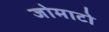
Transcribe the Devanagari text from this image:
जोमाटो